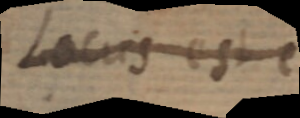
Locus est e